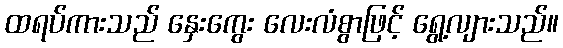
ထရပ်ကားသည် နှေးကွေး လေးလံစွာဖြင့် ရွေ့လျားသည်။